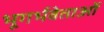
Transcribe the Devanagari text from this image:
भूगर्भवेताओं